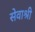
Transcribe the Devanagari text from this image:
सेवाश्री